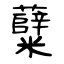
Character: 糵